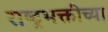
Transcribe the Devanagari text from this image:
राष्ट्रभक्तीच्या